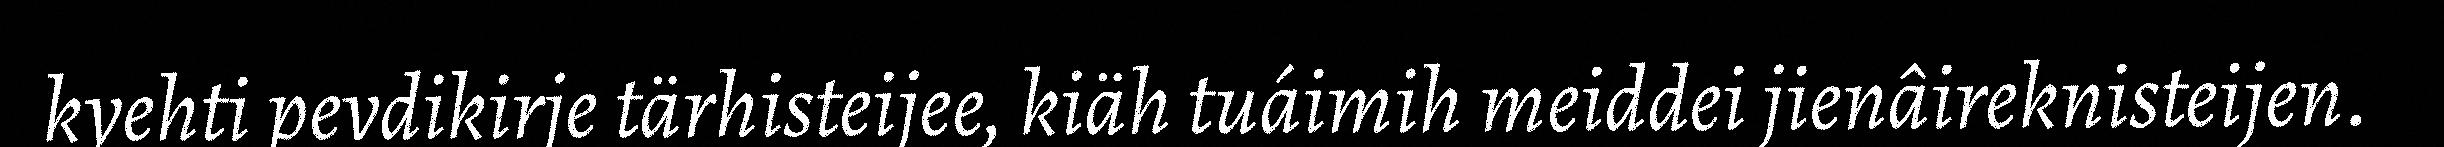
kyehti pevdikirje tärhisteijee, kiäh tuáimih meiddei jienâireknisteijen.